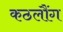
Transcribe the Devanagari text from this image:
कठलौंग